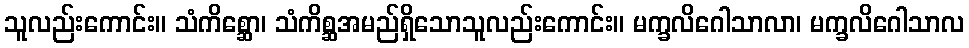
သူလည်းကောင်း။ သံကိစ္ဆော၊ သံကိစ္ဆအမည်ရှိသောသူလည်းကောင်း။ မက္ခလိဂေါသာလာ၊ မက္ခလိဂေါသာလ